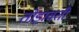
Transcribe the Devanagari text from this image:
तोड़ावती